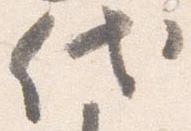
代